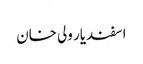
اسفندیار ولی خان